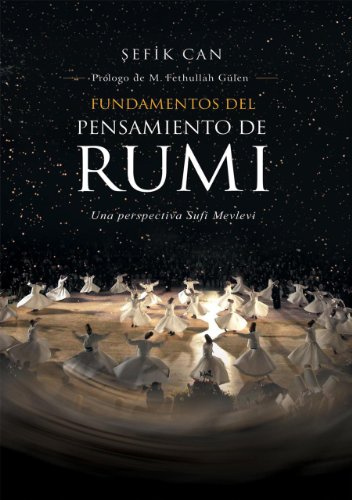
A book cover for Fundamentos del Pensamiento de Rumi (Spanish Edition); Sefik Can; Religion & Spirituality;